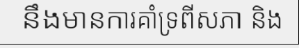
នឹងមានការគាំទ្រពីសភា និង